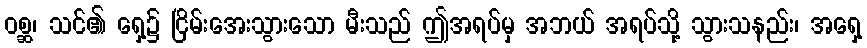
ဝစ္ဆ၊ သင်၏ ရှေ့၌ ငြိမ်းအေးသွားသော မီးသည် ဤအရပ်မှ အဘယ် အရပ်သို့ သွားသနည်း၊ အရှေ့